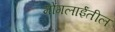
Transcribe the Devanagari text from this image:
मोंगलाईंतील